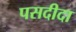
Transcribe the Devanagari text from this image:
पसदीदा